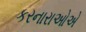
કરનારાઓએ